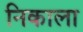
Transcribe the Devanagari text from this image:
निकाला